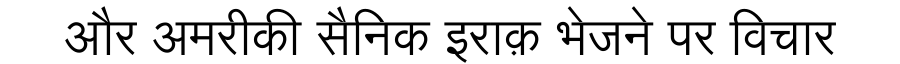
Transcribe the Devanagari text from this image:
और अमरीकी सैनिक इराक़ भेजने पर विचार